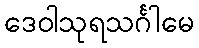
ဒေဝါသုရသင်္ဂါမေ